Preliminary report on an investigation into the etiology of Oriental sore in Cambay - Number 50
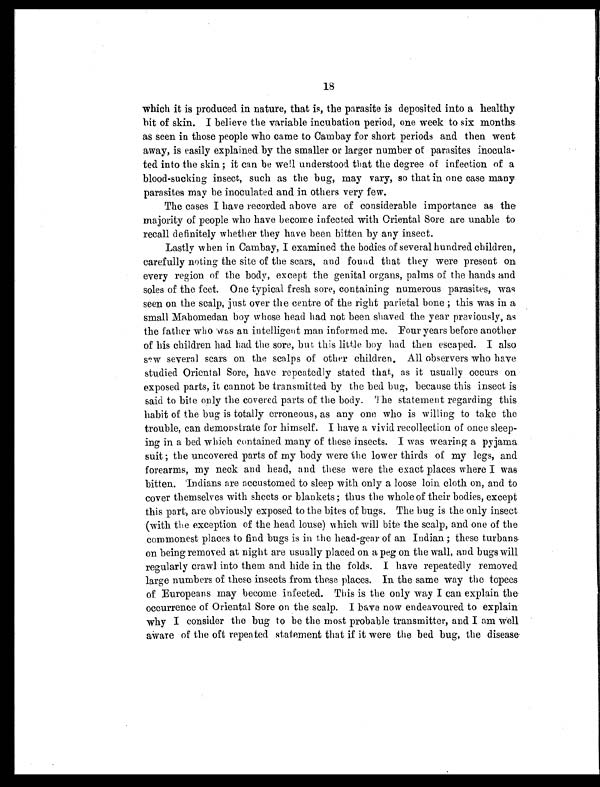
18
which it is produced in nature, that is, the parasite is deposited into a healthy
bit of skin. I believe the variable incubation period, one week to six months
as seen in those people who came to Cambay for short periods and then went
away, is easily explained by the smaller or larger number of parasites inocula
- ted into the skin ; it can be well understood that the degree of infection of a
blood-sucking insect, such as the bug, may vary, so that in one case many
parasites may be inoculated and in others very few.
The cases I have recorded above are of considerable importance as the
majority of people who have become infected with Oriental Sore are unable to
recall definitely whether they have been bitten by any insect.
Lastly when in Cambay, I examined the bodies of several hundred children,
carefully noting the site of the scars, and found that they were present on
every region of the body, except the genital organs, palms of the hands and
soles of the feet. One typical fresh sore, containing numerous parasites, was
seen on the scalp, just over the centre of the right parietal bone ; this was in a
small Mahomedan boy whose head had not been shaved the year previously, as
the father who was an intelligent man informed me. Four years before another
of his children had had the sore, but this little boy had then escaped. I also
saw several scars on the scalps of other children. All observers who have
studied Oriental Sore, have repeatedly stated that, as it usually occurs on
exposed parts, it cannot be transmitted by the bed bug, because this insect is
said to bite only the covered parts of the body. The statement regarding this
habit of the bug is totally erroneous, as any one who is willing to take the
trouble, can demonstrate for himself. I have a vivid recollection of once sleep
- ing in a bed which contained many of these insects. I was wearing a pyjama
suit ; the uncovered parts of my body were the lower thirds of my legs, and
forearms, my neck and head, and these were the exact places where I was
bitten. Indians are accustomed to sleep with only a loose loin cloth on, and to
cover themselves with sheets or blankets ; thus the whole of their bodies, except
this part, are obviously exposed to the bites of bugs. The bug is the only insect
(with the exception of the head louse) which will bite the scalp, and one of the
commonest places to find bugs is in the head-gear of an Indian ; these turbans
on being removed at night are usually placed on a peg on the wall, and bugs will
regularly crawl into them and hide in the folds. I have repeatedly removed
large numbers of these insects from these places. In the same way the topees
of Europeans may become infected. This is the only way I can explain the
occurrence of Oriental Sore on the scalp. I have now endeavoured to explain
why I consider the bug to be the most probable transmitter, and I am well
aware of the oft repeated statement that if it were the bed bug, the disease